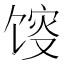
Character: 𱄂